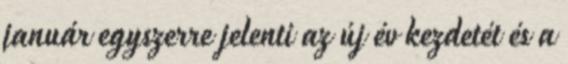
január egyszerre jelenti az új év kezdetét és a